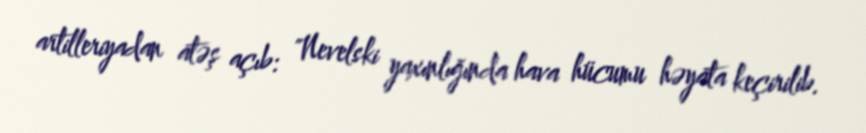
artilleriyadan atəş açıb: "Nevelski yaxınlığında hava hücumu həyata keçirilib.